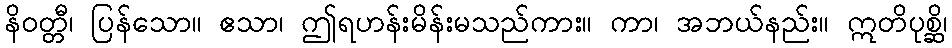
နိဝတ္တီ၊ ပြန်သော။ ဧသာ၊ ဤရဟန်းမိန်းမသည်ကား။ ကာ၊ အဘယ်နည်း။ ဣတိပုစ္ဆိ၊